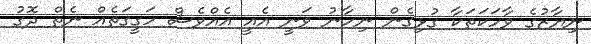
ނިޔާޒުގެ ވާހަކަތަކާ ގުޅިގެން ނިހާނު ވަނީ އެއީ އެއްވެސް ހަގީގަތެއް ނެތް ދޮގު